Kiideva_(Sinalepa)_vallavalitsus, lk 26
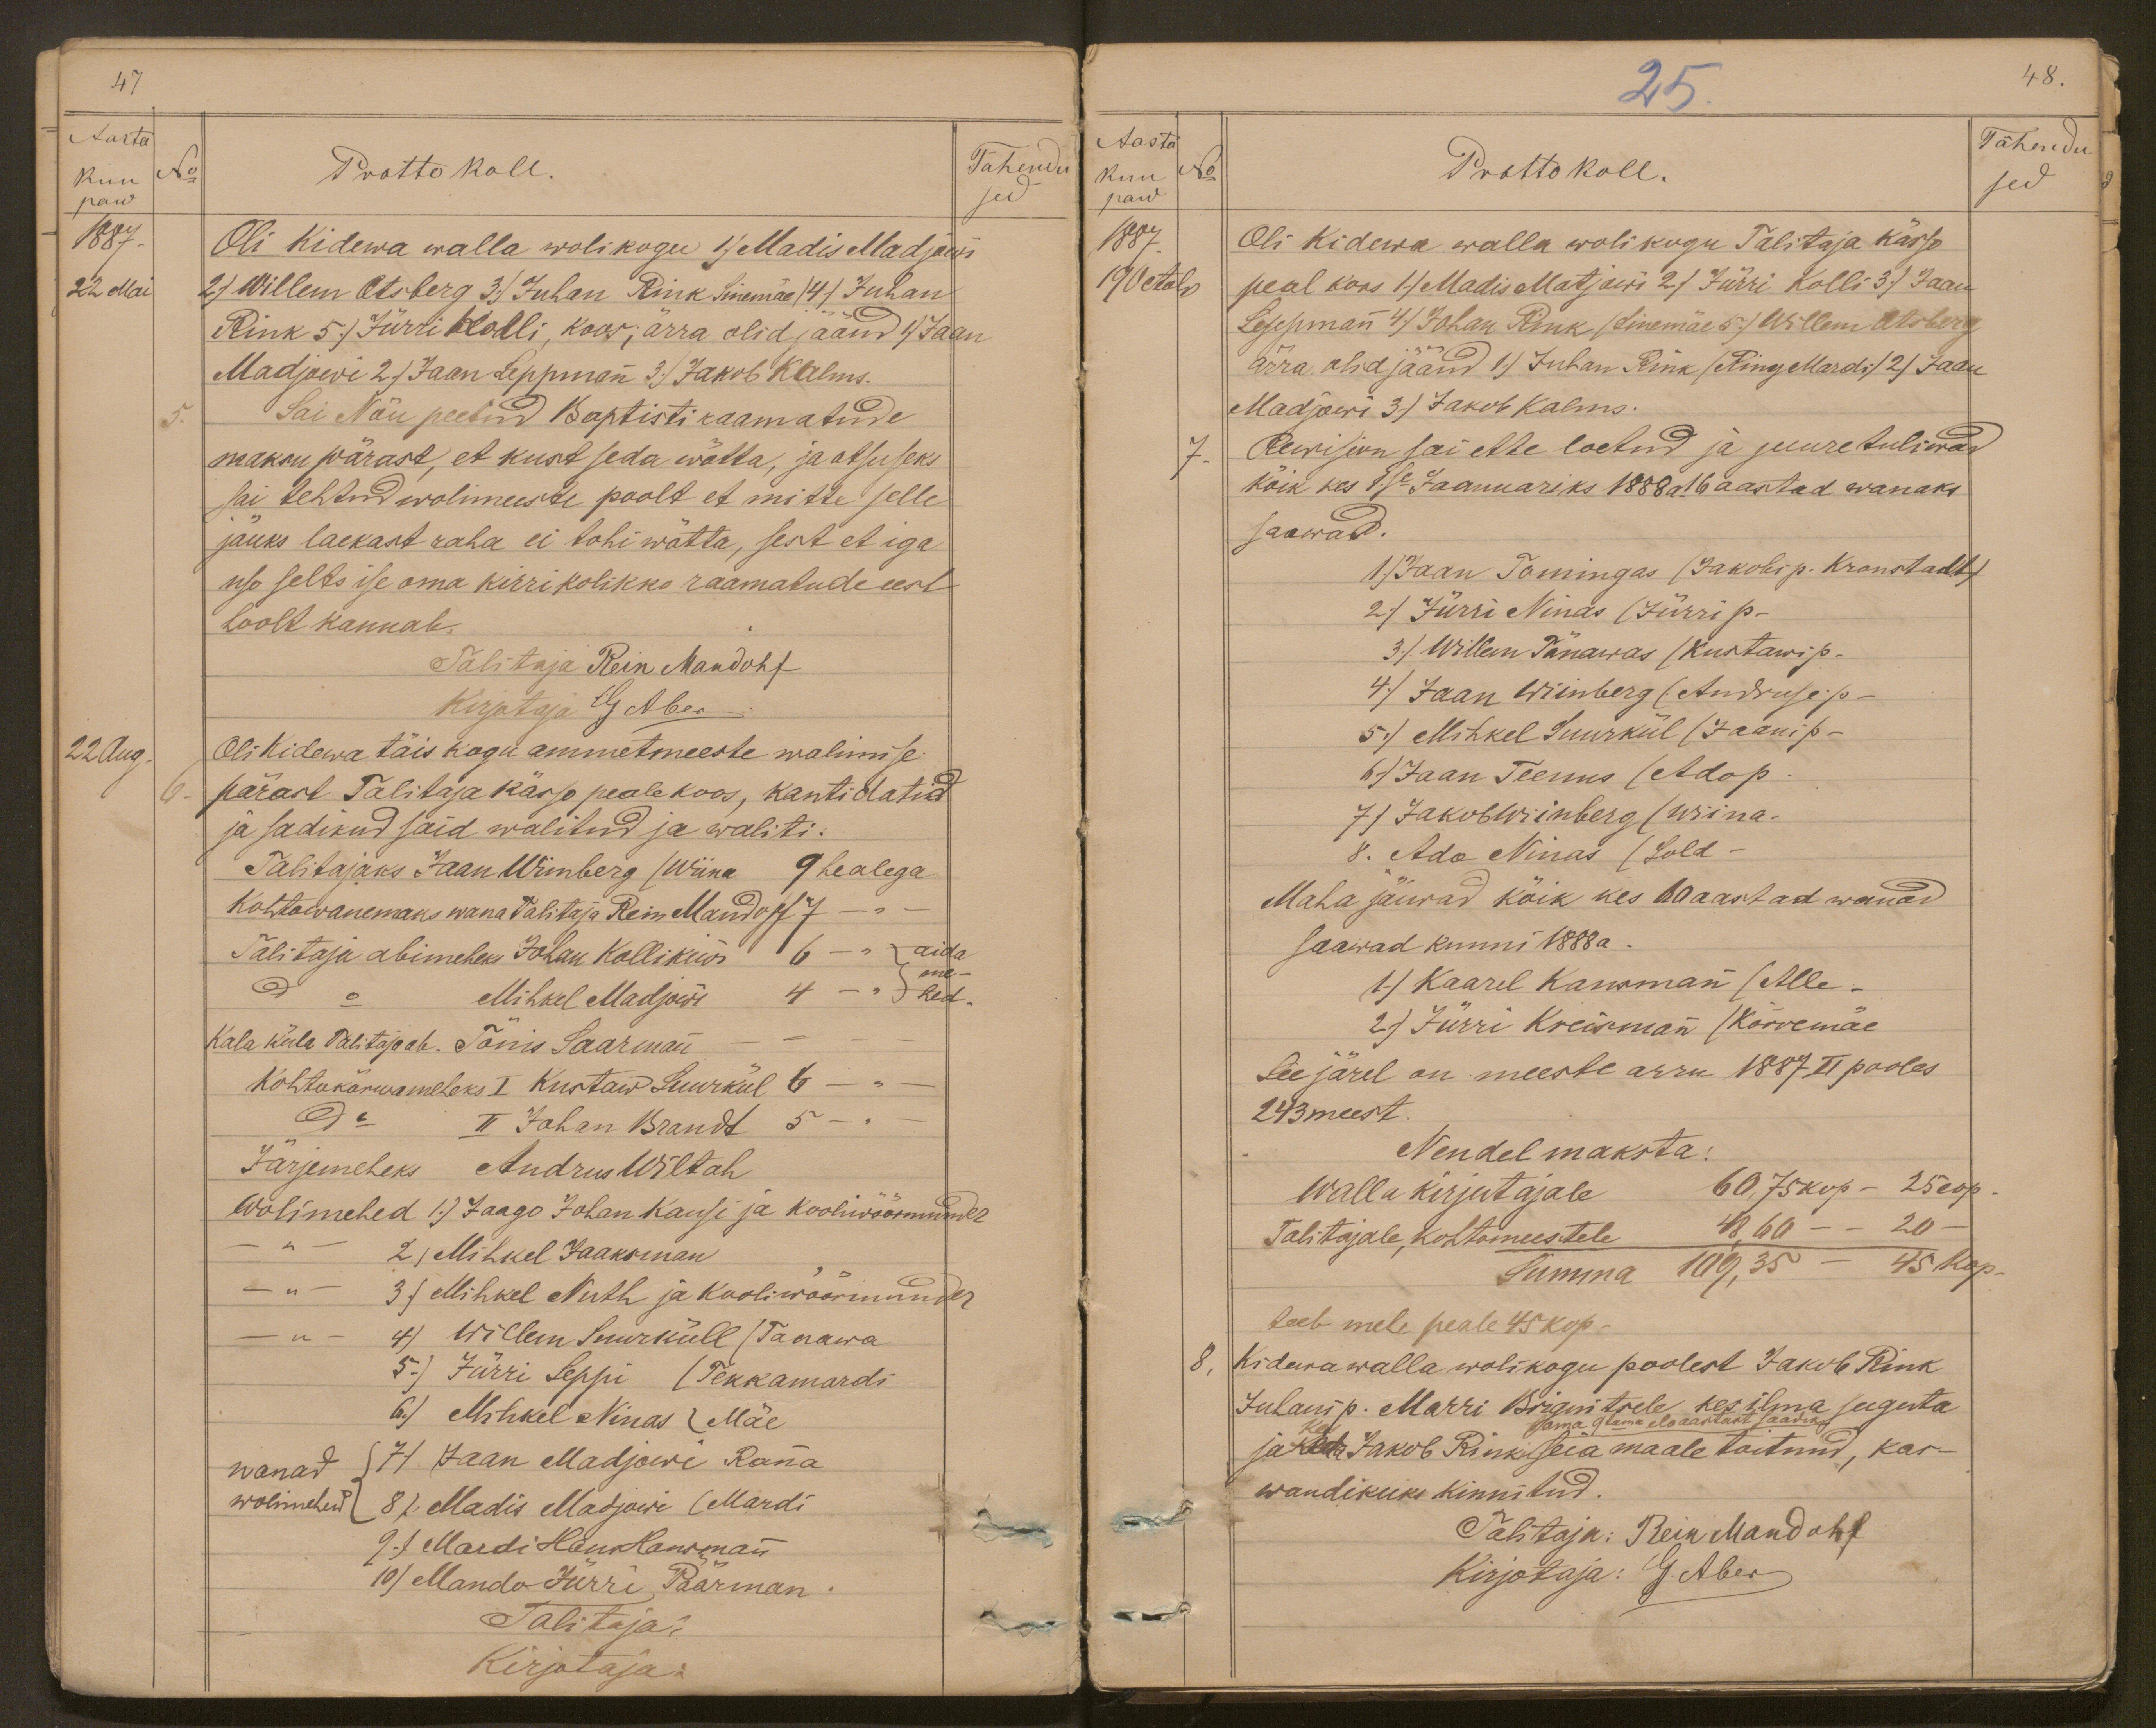
47
Aasta
Tähendu
kuu
No
Protto koll.
paw
sed
1887.
Oli Kidewa walla wolikogu 1) Maddis Madjowi
22 Mai
2) Willem Otsberg 3) Juhan Rink Sinemäe) 4) Juhan
Rink 5.) Jürri Kolli, koos; ärra olid, jäänd 1) Jaan
Madjowi 2) Jaan Leppmann 3) Jakob Kalms.
Sai Nõu peetud Baptisti raamatude
5.
maksu pärast, et kust seda wõtta, ja otsuseks
sai tehtud wolimeeste poolt et mitte selle
jäuks laekast raha ei tohi wõtta, sest et iga
uso selts ise oma kirrikolikko raamatude eest.
hoolt kannab.
Talitaja Rein Mandohf
Kirjutaja G Aber
22 Aug
Oli Kidewa täis kogu ammetmeeste walimise
pärast Talitaja kässo peale koos, kantidatid
ja sadikud said walitud ja waliti.
Talitajaks Jaan Wiinberg (Wiina 9 healega
Kohtowanemaks wana Talitaja Rein Mandoff 7 -
Talitaja abimeheks Johan Kollikiwi 6
aida
me
do Mihkel Madjowi 4 -
hed.
Kala küla Talitaja ab. Tõnis Saarmann
Kohtukõrwameheks I Kustaw Suurkül 6
do II Johan Brandt 5 -
Järjemeheks Andrus Wiltah
Wolimehed 1.) Jaago Johan Kansi ja kooliwöörmünder
2.) Mihkel Jaaksman
- "- 3) Mihkel Nuth ja Kooliwöörmunder
4) Willem Suurküll (Tanawa
5) Jürri Seppi (Tekkamardi
6.) Mihkel Ninas (Mäe
wanad
7) Jaan Madjowi Ranna
wolimehed
8) Madis Madjowi (Mardi
9.) Mardi Hans Hansmann
10) Mando Jürri, Päärman.
Talitaja
Kirjotaja:

25.
48.
Aasta
Tähendu
kuu
No
Prottokoll.
Tähendu
paw
sed
1887
Oli Kidewa walla wolikugu Talitaja kässo
19 Octobr
peal koos 1) Madis Matjowi 2) Jürri Kolli 3) Jaan
Leppman 4) Johan Rink (Sinemäe 5) Willem Otsberg
ärra olid jäänud 1) Juhan Rink (Ring Mardi) 2) Jaan
Madjowi 3) Jakob Kalms.
7.
Rewision sai ette loetud ja juure tuliwad
kõik kes 1se Jaanuariks 1888 a 16 aastad wanaks
saawad.
1) Jaan Tomingas (Jakobi p. Kronstadt)
2) Jürri Ninas (Jürri p.
3. Willem Tänawas (Kustawi p.
4) Jaan Wiinberg (Andruse p-
5.) Mihkel Suurkül (Jaani p-
6) Jaan Teenus (Ado p.
7) Jakob Wiinberg (Wiina-
8. Ado Ninas (Sold-
Maha jäiwad kõik kes 60 aastad wanad
saawad kunni 1888 a.
1) Kaarel Kansmann (Alle-
2) Jürri Kreismann (Kõrremäe
See järel on meeste arru 1887 II pooles
243 meest.
Nendel maksta:
Walla kirjutajale
60,75 kop - 25 cop.
Talitajale, kohtomeestele
48,60 - - 20
Summa 109,35 - 45 kop.
teeb mehe peale 45 kop -
8, Kidewa walla wolikogu poolest Jakob Rink
Juhani p. Marri Brignitsele kes ilma suguta
tela 9tama eloaastast 1 saadik
ja keda Jakob Rink seia maale toitnud, kas-
wandikuks kinnitud.
Talitaja: Rein Mandohf
Kirjotaja: G. Aber